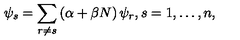
\psi _ { s } = \sum _ { r \ne s } \left( \alpha + \beta N \right) \psi _ { r } , s = 1 , \ldots , n ,